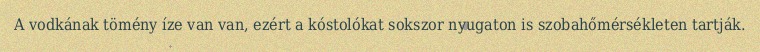
A vodkának tömény íze van van, ezért a kóstolókat sokszor nyugaton is szobahőmérsékleten tartják.